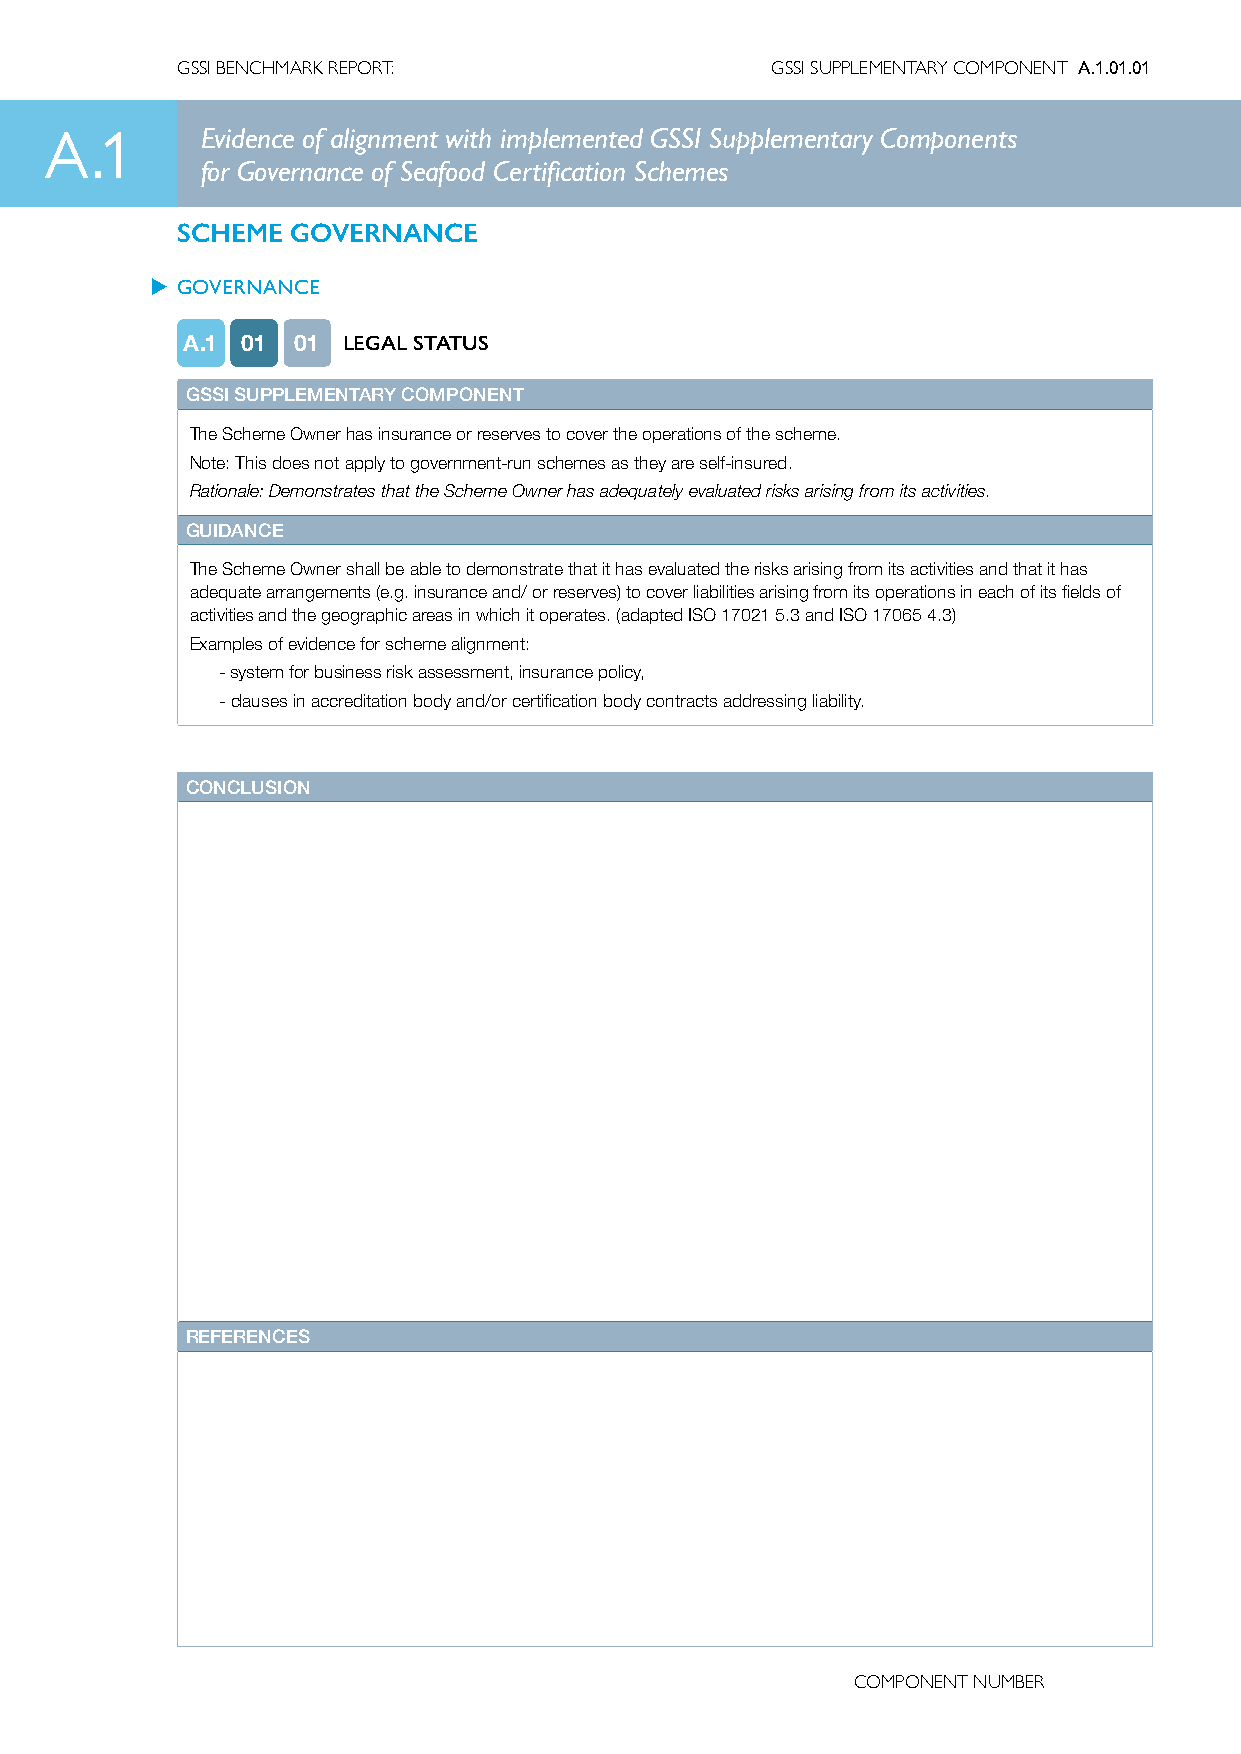
GSSI BENCHMARK REPORT:                 GSSI SUPPLEMENTARY COMPONENT A.1.01.01
 A.1       Evidence of alignment with implemented GSSI Supplementary Components
 for Governance of Seafood Certification Schemes
 SCHEME GOVERNANCE
 u GOVERNANCE
 A.1 01 01  LEGAL STATUS
 GSSI SUPPLEMENTARY COMPONENT
 The Scheme Owner has insurance or reserves to cover the operations of the scheme.
 Note: This does not apply to government-run schemes as they are self-insured.
 Rationale: Demonstrates that the Scheme Owner has adequately evaluated risks arising from its activities.
 GUIDANCE
 The Scheme Owner shall be able to demonstrate that it has evaluated the risks arising from its activities and that it has
 adequate arrangements (e.g. insurance and/ or reserves) to cover liabilities arising from its operations in each of its fields of
 activities and the geographic areas in which it operates. (adapted ISO 17021 5.3 and ISO 17065 4.3)
 Examples of evidence for scheme alignment:
 -system for business risk assessment, insurance policy,
 - clauses in accreditation body and/or certification body contracts addressing liability.
 CONCLUSION
 REFERENCES
 CCOOMMPPOONNEENNTT NNUUMMBBEERR